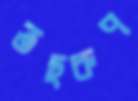
তছরুপ